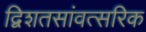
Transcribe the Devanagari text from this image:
द्विशतसांवत्सरिक